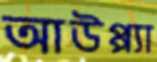
আউপ্প্যা